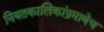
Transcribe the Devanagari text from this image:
नियतकालिकांप्रमाणेच